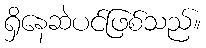
ရှိနေဆဲပင်ဖြစ်သည်။